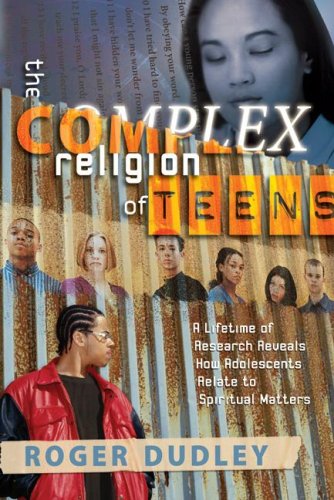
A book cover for The Complex Religion Of Teens: A Lifetime of Research Reveals How Adolescents Relate to Spiritual Matters; Roger Dudley; Christian Books & Bibles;